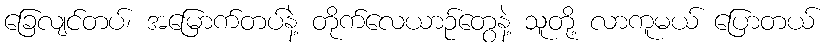
ခြေလျင်တပ်၊ အမြောက်တပ်နဲ့ တိုက်လေယာဉ်တွေနဲ့ သူတို့ လာကူမယ် ပြောတယ်